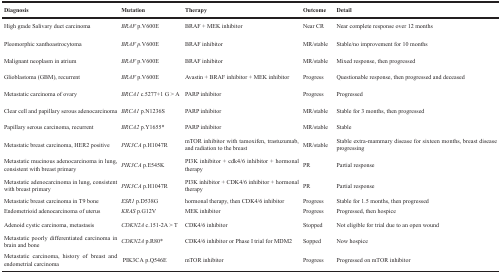
<table><thead><tr><td><b>Diagnosis</b></td><td><b>Mutation</b></td><td><b>Therapy</b></td><td><b>Outcome</b></td><td><b>Detail</b></td></tr></thead><tbody><tr><td>High grade Salivary duct carcinoma</td><td><i>BRAF</i>p.V600E</td><td>BRAF + MEK inhibitor</td><td>Near CR</td><td>Near complete response over 12 months</td></tr><tr><td>Pleomorphic xanthoastrocytoma</td><td><i>BRAF p</i>.V600E</td><td>BRAF inhibitor</td><td>MR/stable</td><td>Stable/no improvement for 10 months</td></tr><tr><td>Malignant neoplasm in atrium</td><td><i>BRAF</i>p.V600E</td><td>BRAF inhibitor</td><td>MR/stable</td><td>Mixed response, then progressed</td></tr><tr><td>Glioblastoma (GBM), recurrent</td><td><i>BRAF</i>p.V600E</td><td>Avastin + BRAF inhibitor + MEK inhibitor</td><td>Progress</td><td>Questionable response, then progressed and deceased</td></tr><tr><td>Metastatic carcinoma of ovary</td><td><i>BRCA1</i>c.5277+1 G &gt; A</td><td>PARP inhibitor</td><td>Progress</td><td>Progressed</td></tr><tr><td>Clear cell and papillary serous adenocarcinoma</td><td><i>BRCA1</i>p.N1236S</td><td>PARP inhibitor</td><td>MR/stable</td><td>Stable for 3 months, then progressed</td></tr><tr><td>Papillary serous carcinoma, recurrent</td><td><i>BRCA2</i>p.Y1655*</td><td>PARP inhibitor</td><td>MR/stable</td><td>Stable</td></tr><tr><td>Metastatic breast carcinoma, HER2 positive</td><td><i>PIK3CA</i>p.H1047R</td><td>mTOR inhibitor with tamoxifen, trastuzumab, and radiation to the breast</td><td>MR/stable</td><td>Stable extra-mammary disease for sixteen months, breast disease progressing</td></tr><tr><td>Metastatic mucinous adenocarcinoma in lung, consistent with breast primary</td><td><i>PIK3CA</i>p.E545K</td><td>PI3K inhibitor + cdk4/6 inhibitor + hormonal therapy</td><td>PR</td><td>Partial response</td></tr><tr><td>Metastatic adenocarcinoma in lung, consistent with breast primary</td><td><i>PIK3CA</i>p.H1047R</td><td>PI3K inhibitor + CDK4/6 inhibitor + hormonal therapy</td><td>PR</td><td>Partial response</td></tr><tr><td>Metastatic breast carcinoma in T9 bone</td><td><i>ESR1</i>p.D538G</td><td>hormonal therapy, then CDK4/6 inhibitor</td><td>Progress</td><td>Stable for 1.5 months, then progressed</td></tr><tr><td>Endometrioid adenocarcinoma of uterus</td><td><i>KRAS</i>p.G12V</td><td>MEK inhibitor</td><td>Progress</td><td>Progressed, then hospice</td></tr><tr><td>Adenoid cystic carcinoma, metastasis</td><td><i>CDKN2A</i>c.151-2A &gt; T</td><td>CDK4/6 inhibitor</td><td>Stopped</td><td>Not eligible for trial due to an open wound</td></tr><tr><td>Metastatic poorly differentiated carcinoma in brain and bone</td><td><i>CDKN2A</i>p.R80*</td><td>CDK4/6 inhibitor or Phase I trial for MDM2</td><td>Sopped</td><td>Now hospice</td></tr><tr><td>Metastatic carcinoma, history of breast and endometrial carcinoma</td><td>PIK3CAp.Q546E</td><td>mTOR inhibitor</td><td>Progress</td><td>Progressed on mTOR inhibitor</td></tr></tbody></table>